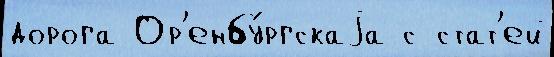
дорога Ор'енбу́ргскаjа с стат'ей